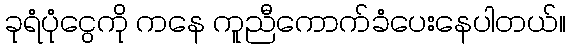
ခုရံပုံငွေကို ကနေ ကူညီကောက်ခံပေးနေပါတယ်။